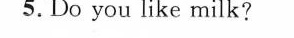
5.Do you like milk?